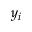
y _ { i }